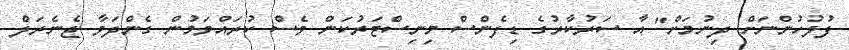
ފުލުހުންނަށް ދިނުމަށް" އާ ސަރުކާރުގެ ޑިފެންސް މިނިސްޓަރުކަން ވެސް ކުރައްވަމުން ގެންދަވާ ޖެނެރަލް